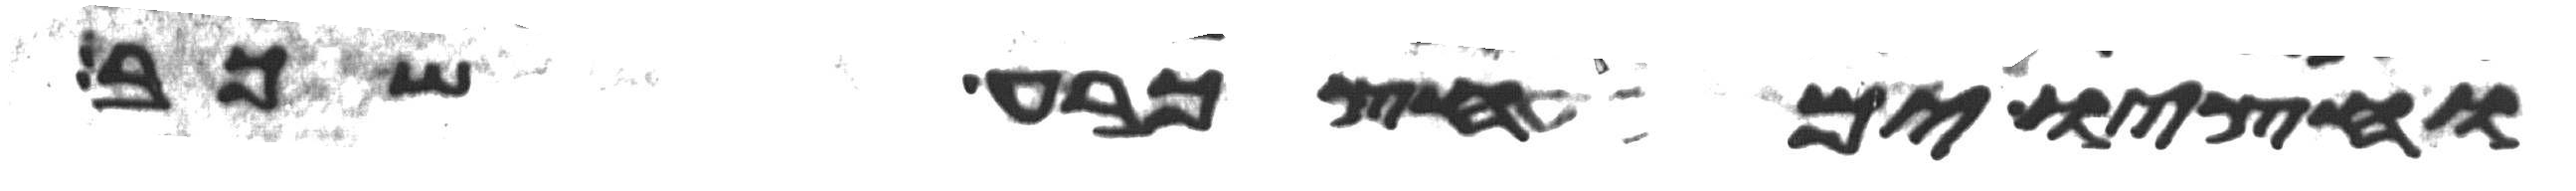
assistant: וחציו ימחץ כרע שכב